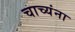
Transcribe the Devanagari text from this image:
चाच्यंना